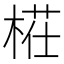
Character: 𣖝